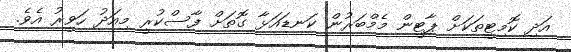
އަދި ކޮމިޓީތަކަށް ޕާޓީން މެމްބަރުން ކަނޑައަޅާ ގޮތަށް ފާސްކުރީ މިއަދު ހަވީރު އެވެ.